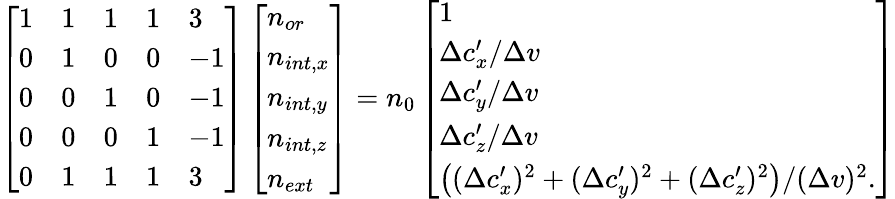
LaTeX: \left[\begin{array}{lllll}{1}&{1}&{1}&{1}&{3}\\ {0}&{1}&{0}&{0}&{-1}\\ {0}&{0}&{1}&{0}&{-1}\\ {0}&{0}&{0}&{1}&{-1}\\ {0}&{1}&{1}&{1}&{3}\end{array}\right]\left[\begin{array}{l}{n_{or}}\\ {n_{int,x}}\\ {n_{int,y}}\\ {n_{int,z}}\\ {n_{ext}}\end{array}\right]=n_{0}\left[\begin{array}{l}{1}\\ {\Delta c_{x}^{\prime}/\Delta v}\\ {\Delta c_{y}^{\prime}/\Delta v}\\ {\Delta c_{z}^{\prime}/\Delta v}\\ {\left((\Delta c_{x}^{\prime})^{2}+(\Delta c_{y}^{\prime})^{2}+(\Delta c_{z}^{\prime})^{2}\right)/(\Delta v)^{2}.}\end{array}\right]